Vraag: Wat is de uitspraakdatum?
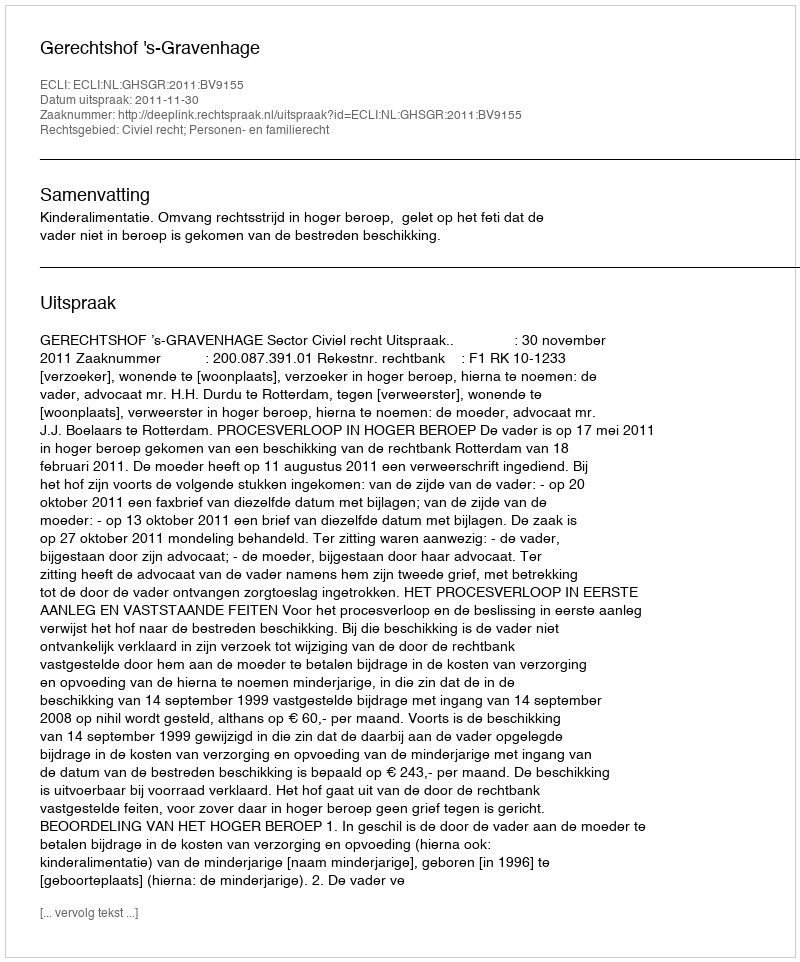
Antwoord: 2011-11-30